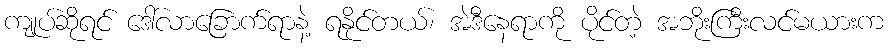
ကျုပ်ဆိုရင် ဒေါ်လာခြောက်ရာနဲ့ ရနိုင်တယ်၊ အဲဒီနေရာကို ပိုင်တဲ့ အဘိုးကြီးလင်မယားက